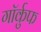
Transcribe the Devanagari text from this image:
गॉर्कुफ